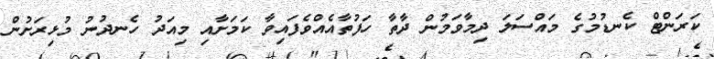
ކަރަންޓް ކެނޑުމުގެ މައްސަލަ ދިމާވަމުން ދާތާ ހަފުތާއެއްވެފައިވާ ކަމަށާއި މިއަދު ހެނދުނު މުޅިރަށުން